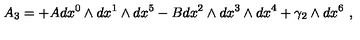
A _ { 3 } = + A d x ^ { 0 } \wedge d x ^ { 1 } \wedge d x ^ { 5 } - B d x ^ { 2 } \wedge d x ^ { 3 } \wedge d x ^ { 4 } + \gamma _ { 2 } \wedge d x ^ { 6 } \ ,